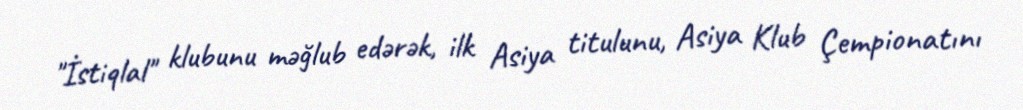
"İstiqlal" klubunu məğlub edərək, ilk Asiya titulunu, Asiya Klub Çempionatını